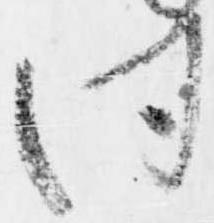
同